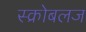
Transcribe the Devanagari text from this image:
स्क्रोबलज